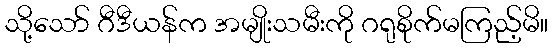
သို့သော် ဂီဒီယန်က အမျိုးသမီးကို ဂရုစိုက်မကြည့်မိ။